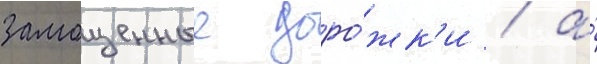
замощенные доро́жк'и / а́